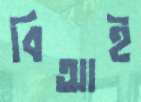
বিআই